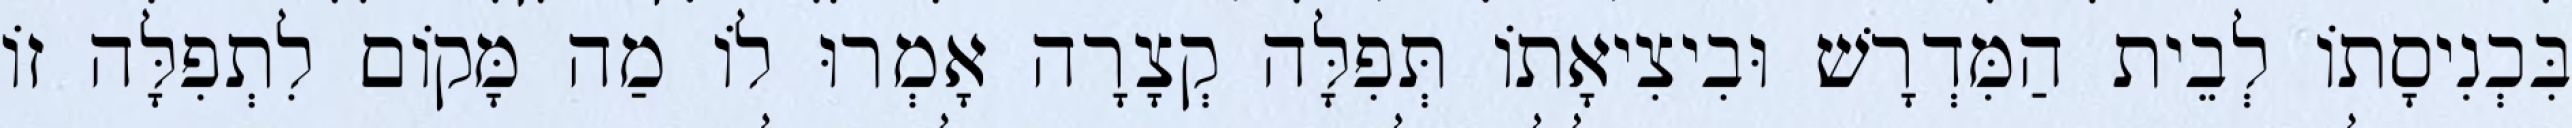
בִּכְנִיסָתוֹ לְבֵית הַמִּדְרָשׁ וּבִיצִיאָתוֹ תְּפִלָּה קְצָרָה אָמְרוּ לוֹ מַה מָּקוֹם לִתְפִלָּה זוֹ